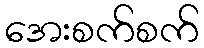
အေးစက်စက်